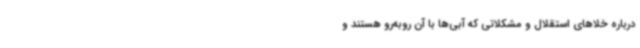
درباره خلا‌های استقلال و مشکلاتی که آبی‌ها با آن‌ روبه‌رو هستند و